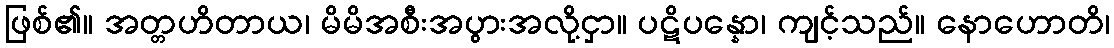
ဖြစ်၏။ အတ္တဟိတာယ၊ မိမိအစီးအပွားအလို့ငှာ။ ပဋိပန္နော၊ ကျင့်သည်။ နောဟောတိ၊